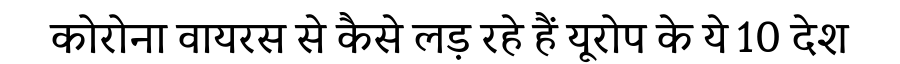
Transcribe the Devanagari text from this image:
कोरोना वायरस से कैसे लड़ रहे हैं यूरोप के ये 10 देश